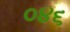
૦૪૬